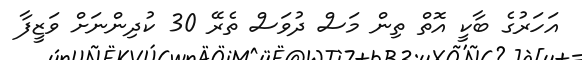
އަހަރުގެ ބާކީ އޮތް ތިން މަސް ދުވަސް ތެރޭ 30 ކުދިންނަށް ވަޒީފާ